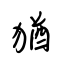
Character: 猶